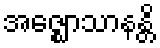
အဇ္ဈောသာနန္တိ